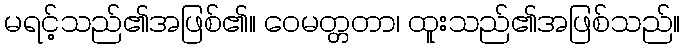
မရင့်သည်၏အဖြစ်၏။ ဝေမတ္တတာ၊ ထူးသည်၏အဖြစ်သည်။